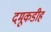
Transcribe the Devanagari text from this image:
दमूकडीह